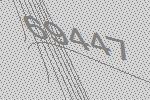
69447